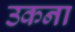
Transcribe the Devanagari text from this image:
उकना